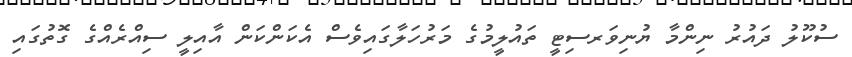
ސުކޫލު ދައުރު ނިންމާ ޔުނިވަރސިޓީ ތައުލީމުގެ މަރުހަލާގައިވެސް އެކަންކަން އާއިލީ ސިއްރެއްގެ ގޮތުގައި